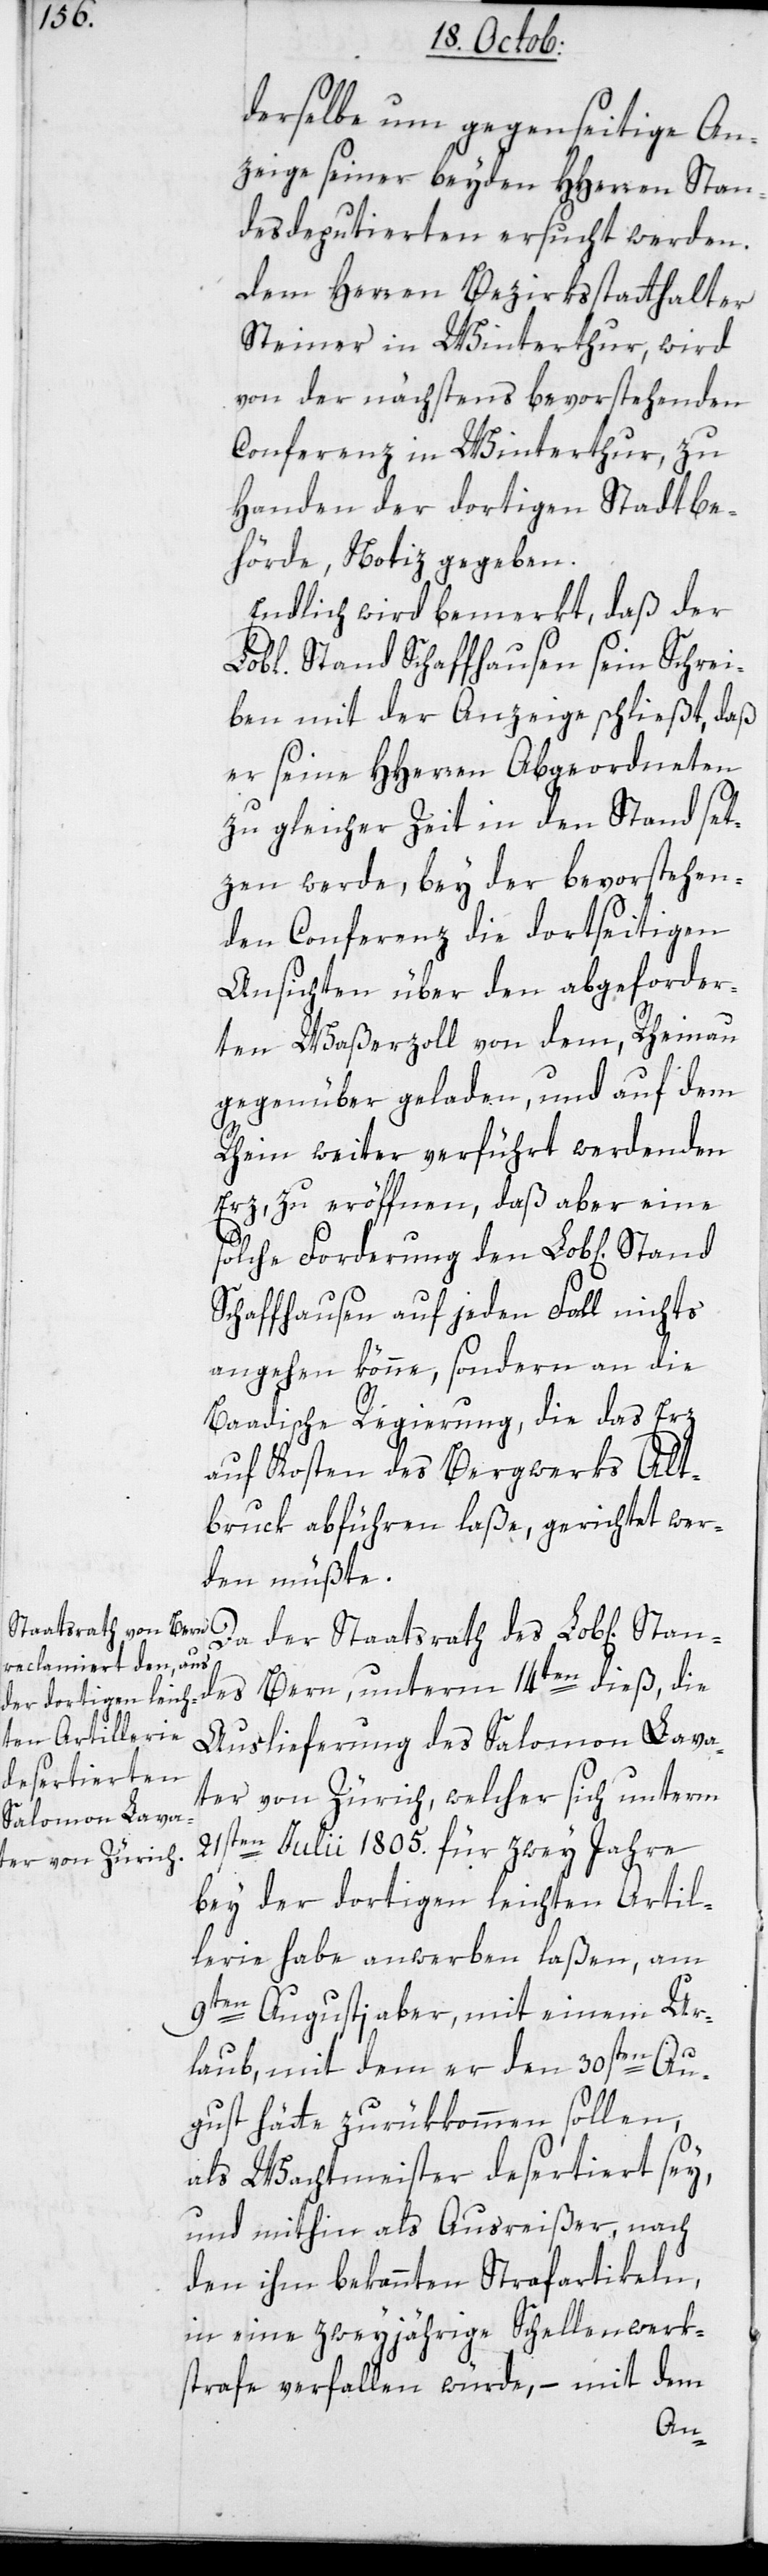
derselbe um gegenseitige An¬
zeige seiner beyden HHerren Stan¬
desdeputierten ersucht werden,
dem Herren Bezirksstatthalter
Steiner in Winterthur, wird
von der nächstens bevorstehenden
Conferenz in Winterthur, zu
Handen der dortigen Stadtbe¬
hörde, Notiz gegeben.
Endlich wird bemerkt, daß der
Stand Schaffhausen sein Schrei¬
ben mit der Anzeige schließt, daß
er seine HHerren Abgeordneten
zu gleicher Zeit in den Stand set¬
zen werde, bey der bevorstehen¬
den Conferenz die dortseitigen
Ansichten über den abgeforder¬
ten Waßerzoll von dem, Rheinau
gegenüber geladen und auf dem
Rhein weiter verführt werdenden
Erz, zu eröffnen, daß aber eine
solche Forderung den Lobl[ichen]
Schaffhausen auf jeden Fall nichts
angehen könne, sondern an die
Baadische Regierung, die das Erz
auf Kosten des Bergwerks Alt¬
bruck abführen laße, gerichtet wer¬
den müßte.
Da der Staatsrath des Lobl[ichen]
des Bern, unterm 14ten dieß, die
Auslieferung des Salomon Lava¬
ter von Zürich, welcher sich unterm
21sten Julii 1805. für zwey Jahre
bey der dortigen leichten Artil¬
lerie habe anwerben laßen, am
9ten Augusti aber, mit einem Ur¬
laub, mit dem er den 30sten Au¬
gust hätte zurükkommen sollen,
als Wachtmeister desertiert sey,
und mithin als Ausreißer, nach
den ihm bekannten Strafartikeln,
in eine zweyjährige Schellenwerk¬
strafe verfallen würde, – mit dem
Stan¬